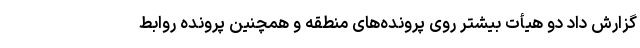
گزارش داد دو هیأت بیشتر روی پرونده‌های منطقه و همچنین پرونده روابط